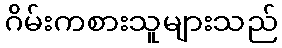
ဂိမ်းကစားသူများသည်